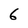
Character: 6